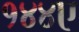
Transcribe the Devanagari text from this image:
१४४ए